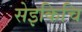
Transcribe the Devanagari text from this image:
सेइकिचि